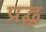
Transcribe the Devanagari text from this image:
प्रद्ध